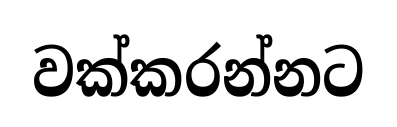
වක්කරන්නට